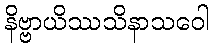
နိဗ္ဗာယိဿသိနာသဝေါ